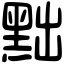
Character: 黜